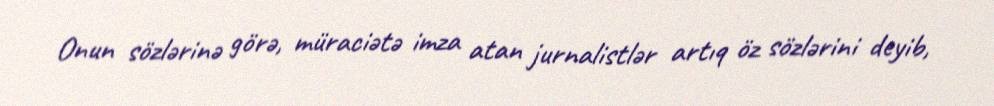
Onun sözlərinə görə, müraciətə imza atan jurnalistlər artıq öz sözlərini deyib,